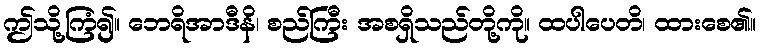
ဤသို့ကြံ၍။ ဘေရိအာဒီနိ၊ စည်ကြီး အစရှိသည်တို့ကို။ ထပါပေတိ၊ ထားစေ၏။